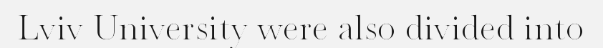
Lviv University were also divided into